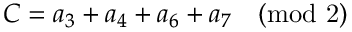
C = a _ { 3 } + a _ { 4 } + a _ { 6 } + a _ { 7 } \quad \mathrm { ( m o d \ 2 ) }